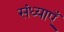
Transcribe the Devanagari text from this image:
संध्याएँ